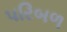
પરિબળ